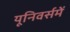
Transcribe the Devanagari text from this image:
यूनिवर्समें